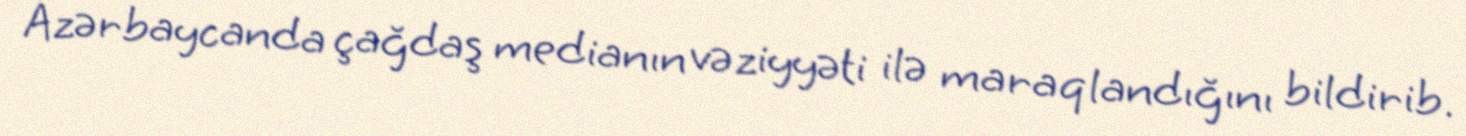
Azərbaycanda çağdaş medianın vəziyyəti ilə maraqlandığını bildirib.